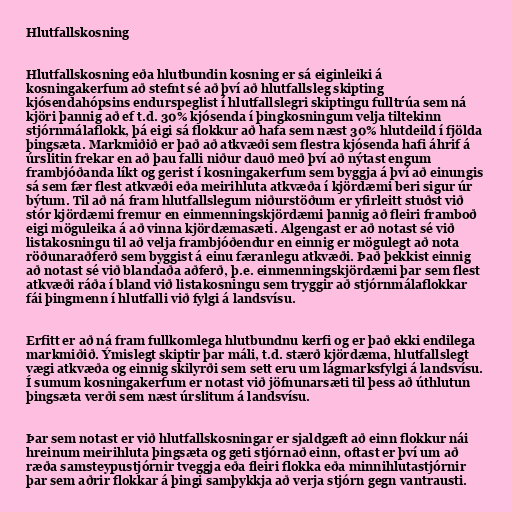
Hlutfallskosning

Hlutfallskosning eða hlutbundin kosning er sá eiginleiki á
kosningakerfum að stefnt sé að því að hlutfallsleg skipting
kjósendahópsins endurspeglist í hlutfallslegri skiptingu fulltrúa sem ná
kjöri þannig að ef t.d. 30% kjósenda í þingkosningum velja tiltekinn
stjórnmálaflokk, þá eigi sá flokkur að hafa sem næst 30% hlutdeild í fjölda
þingsæta. Markmiðið er það að atkvæði sem flestra kjósenda hafi áhrif á
úrslitin frekar en að þau falli niður dauð með því að nýtast engum
frambjóðanda líkt og gerist í kosningakerfum sem byggja á því að einungis
sá sem fær flest atkvæði eða meirihluta atkvæða í kjördæmi beri sigur úr
býtum. Til að ná fram hlutfallslegum niðurstöðum er yfirleitt stuðst við
stór kjördæmi fremur en einmenningskjördæmi þannig að fleiri framboð
eigi möguleika á að vinna kjördæmasæti. Algengast er að notast sé við
listakosningu til að velja frambjóðendur en einnig er mögulegt að nota
röðunaraðferð sem byggist á einu færanlegu atkvæði. Það þekkist einnig
að notast sé við blandaða aðferð, þ.e. einmenningskjördæmi þar sem flest
atkvæði ráða í bland við listakosningu sem tryggir að stjórnmálaflokkar
fái þingmenn í hlutfalli við fylgi á landsvísu.

Erfitt er að ná fram fullkomlega hlutbundnu kerfi og er það ekki endilega
markmiðið. Ýmislegt skiptir þar máli, t.d. stærð kjördæma, hlutfallslegt
vægi atkvæða og einnig skilyrði sem sett eru um lágmarksfylgi á landsvísu.
Í sumum kosningakerfum er notast við jöfnunarsæti til þess að úthlutun
þingsæta verði sem næst úrslitum á landsvísu.

Þar sem notast er við hlutfallskosningar er sjaldgæft að einn flokkur nái
hreinum meirihluta þingsæta og geti stjórnað einn, oftast er því um að
ræða samsteypustjórnir tveggja eða fleiri flokka eða minnihlutastjórnir
þar sem aðrir flokkar á þingi samþykkja að verja stjórn gegn vantrausti.